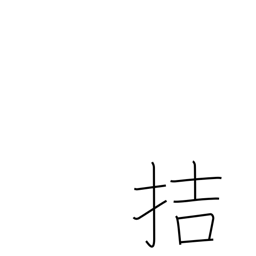
Meaning: be imminent